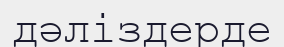
дәліздерде